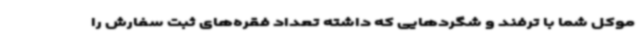
موکل شما با ترفند و شگردهایی که داشته تعداد فقره‌های ثبت سفارش را